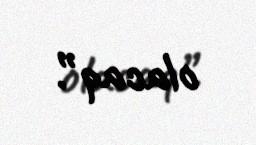
olacaq”.